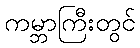
ကမ္ဘာကြီးတွင်